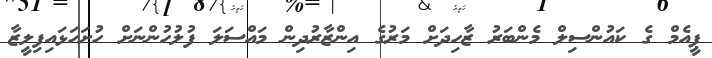
ޕީއެމް ގެ ކައުންސިލް މެންބަރު ޒާހިދަށް މަރުގެ އިންޒާރުދިން މައްސަލަ ފުލުހުންނަށް ހުށަހަޅައިފިލީޒާ